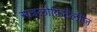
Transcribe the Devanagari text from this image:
साइलोफ़िटैलीज़